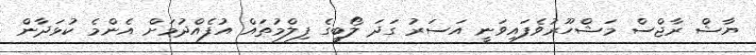
ޔާޝް ރާޖްސް މަޝްހޫރުވެފައިވަނީ އަސަރު ގަދަ ލޯބީގެ ފިލްމުތައް އުފެއްދުމަށް އެންމެ ކުޅަދާން